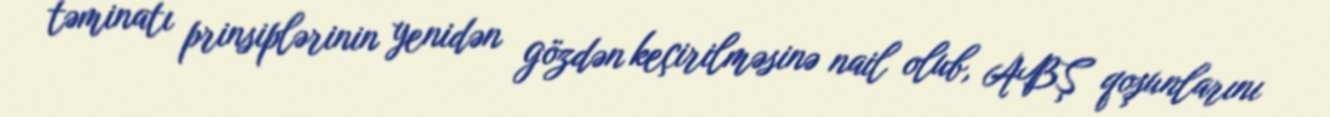
təminatı prinsiplərinin yenidən gözdən keçirilməsinə nail olub, ABŞ qoşunlarını